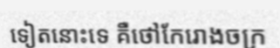
ទៀតនោះទេ គឺថៅកែរោងចក្រ